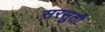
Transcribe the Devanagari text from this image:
सरसुती